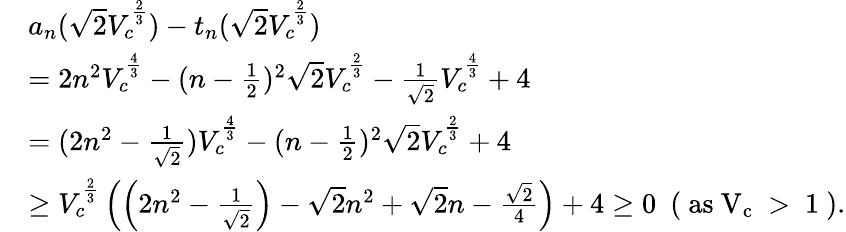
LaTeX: \begin{array}{rl}&{a_{n}(\sqrt{2}V_{c}^{\frac{2}{3}})-t_{n}(\sqrt{2}V_{c}^{\frac{2}{3}})}\\ &{=2n^{2}V_{c}^{\frac{4}{3}}-(n-\frac{1}{2})^{2}\sqrt{2}V_{c}^{\frac{2}{3}}-\frac{1}{\sqrt 2}V_{c}^{\frac{4}{3}}+4}\\ &{=(2n^{2}-\frac{1}{\sqrt{2}})V_{c}^{\frac{4}{3}}-(n-\frac{1}{2})^{2}\sqrt{2}V_{c}^{\frac{2}{3}}+4}\\ &{\geq V_{c}^{\frac{2}{3}}\left(\left(2n^{2}-\frac{1}{\sqrt 2}\right)-\sqrt{2}n^{2}+\sqrt{2}n-\frac{\sqrt{2}}{4}\right)+4\geq 0~~(\mathrm{~as~V_c~>~1~}).}\end{array}